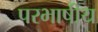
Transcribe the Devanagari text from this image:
परभाषीय